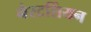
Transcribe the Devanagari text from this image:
नैस्टर्शियन